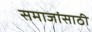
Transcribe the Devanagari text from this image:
समाजांसाठी